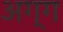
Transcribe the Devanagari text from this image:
अग्ग